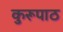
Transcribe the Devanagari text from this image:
कुरूपाठ